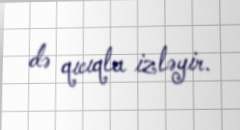
də qıcıqla izləyir.